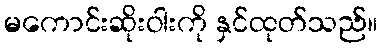
မကောင်းဆိုးဝါးကို နှင်ထုတ်သည်။